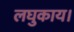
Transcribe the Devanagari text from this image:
लघुकाय।